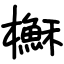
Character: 櫯